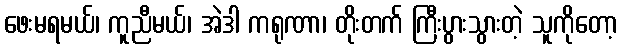
ဖေးမရမယ်၊ ကူညီမယ်၊ အဲဒါ ကရုဏာ၊ တိုးတက် ကြီးပွားသွားတဲ့ သူကိုတော့